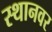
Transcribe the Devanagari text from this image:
स्थानवर